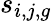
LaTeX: s_{i,j,g}